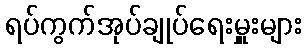
ရပ်ကွက်အုပ်ချုပ်ရေးမှူးများ